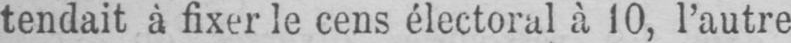
tendait à fixer le cens électoral à 10, l’autre